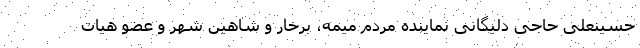
حسینعلی حاجی دلیگانی نماینده مردم میمه، برخار و شاهین شهر و عضو هیات